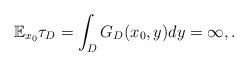
LaTeX: \begin{align*}\mathbb{E}_{x_0}\tau_D=\int_DG_D(x_0,y)dy=\infty,.\end{align*}